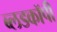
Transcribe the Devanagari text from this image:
ब्लडकॉपी